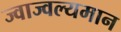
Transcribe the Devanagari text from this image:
ज्वाज्वल्यमान